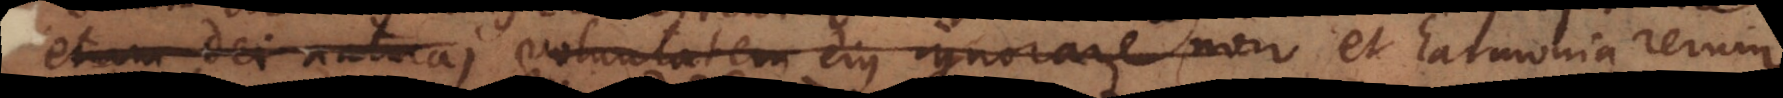
etiam Dei natura; voluntatem ejus ignorare non poterit